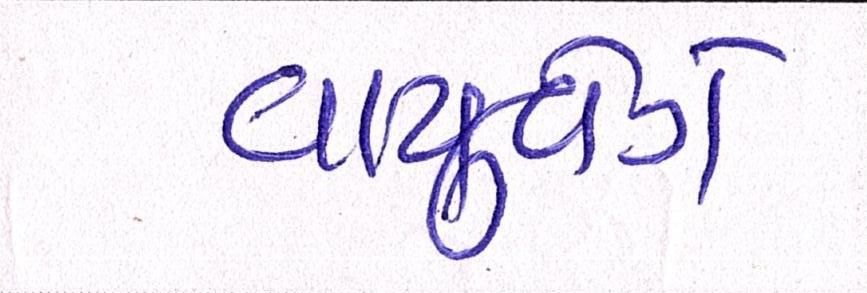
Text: વાયુવેગે